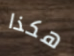
هكذا